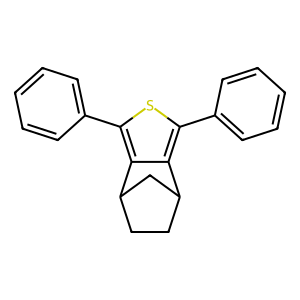
SMILES: c1ccc(-c2sc(-c3ccccc3)c3c2C2CCC3C2)cc1
Inhibits HIV replication: No